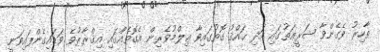
ޠާހިރު ވެގެންވާ ޝަރީޢަތުގައި އަދި ޙައްޤު ގޮތުގައިވާ ޢިލްމުވެރިން އެގޮތެއްގައި އިޤްރާރުވެ ވަޑައިގެންފައިވަނީ